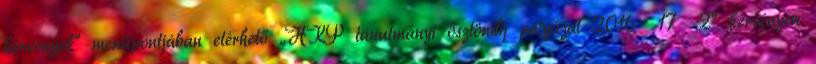
kérvények” menüpontjában elérhető „HKP tanulmányi ösztöndíj pályázat 2016 17 2” kérvényen